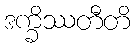
ဒက္ခိဿတီတိ